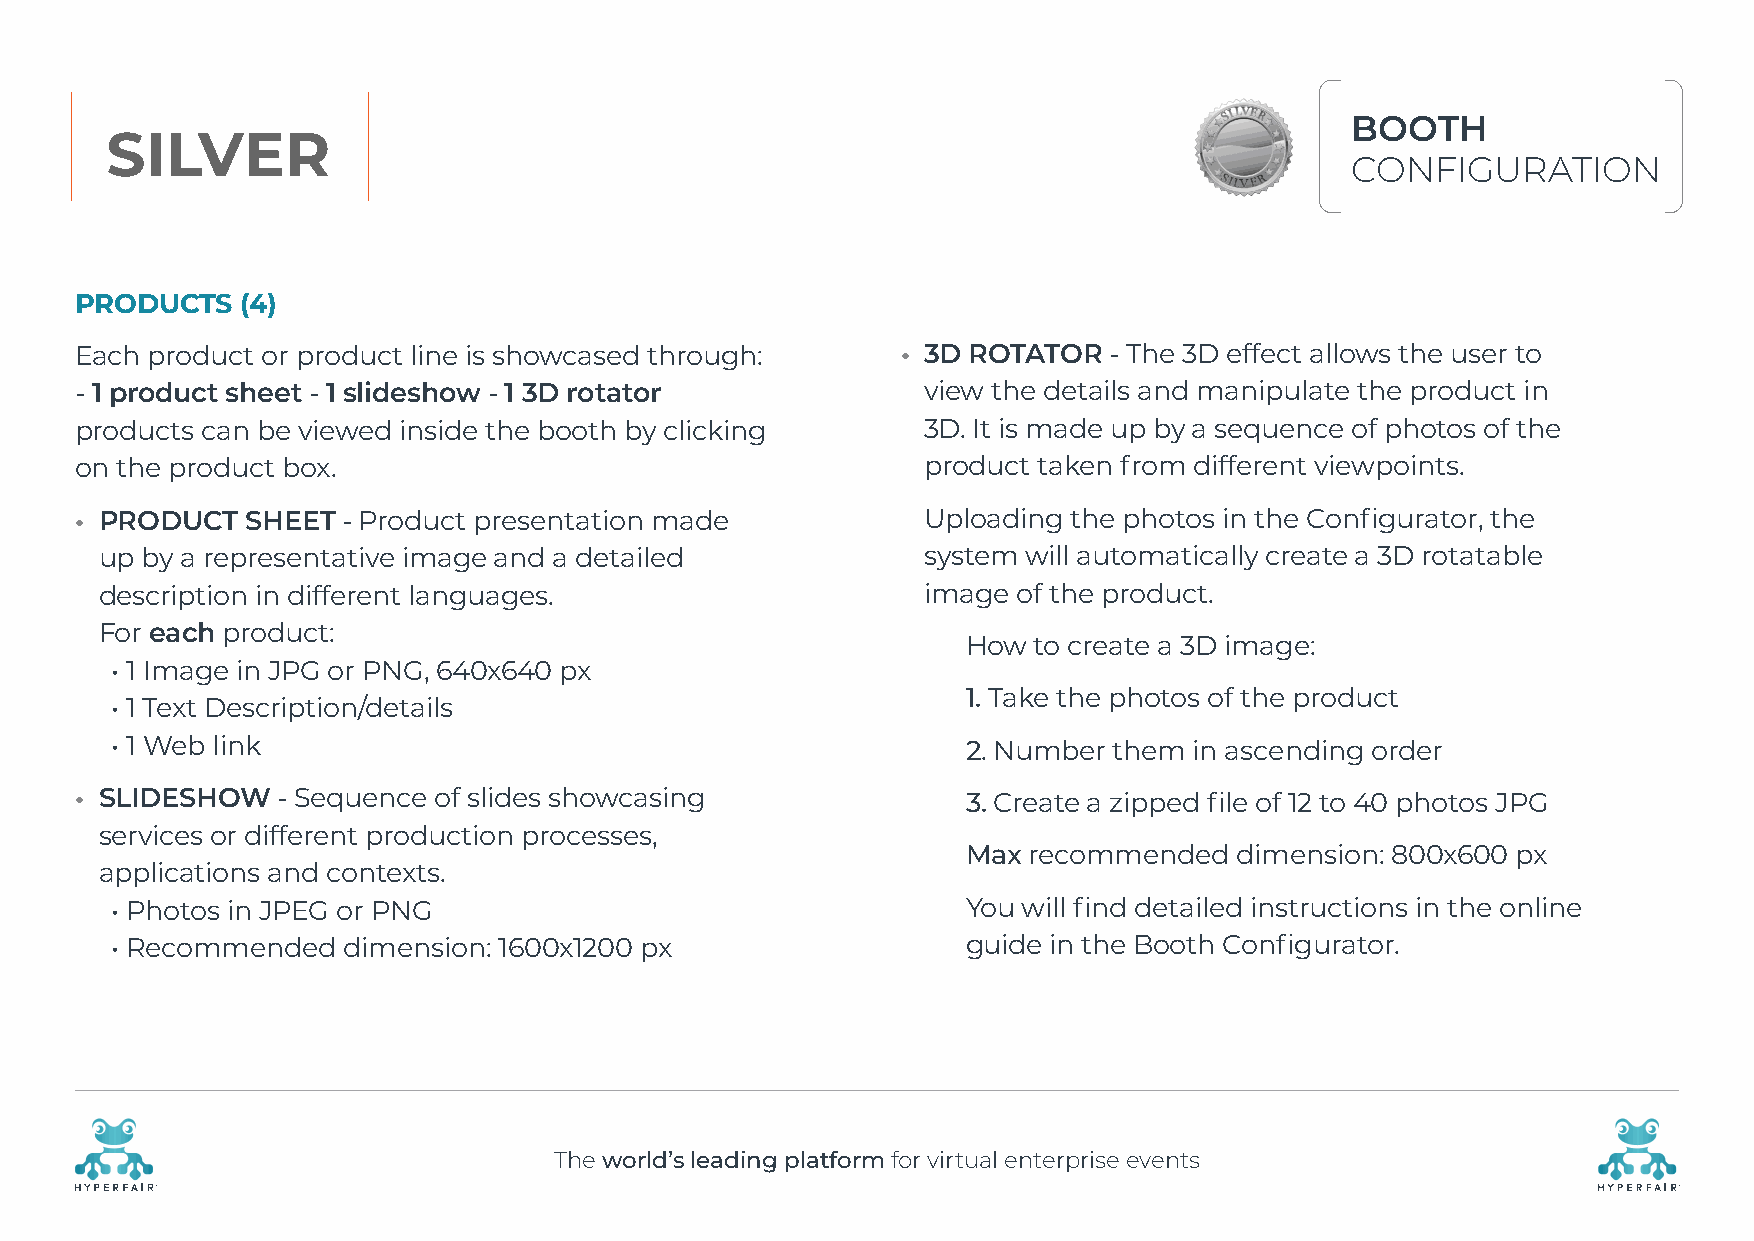
BOOTH
 SILVER
 CONFIGURATION
 PRODUCTS   (4)
 Each product or product line is showcased through:     • 3D ROTATOR - The 3D effect allows the user to
 - 1 product sheet - 1 slideshow - 1 3D rotator          view the details and manipulate the product in
 products can be viewed inside the booth by clicking     3D. It is made up by a sequence of photos of the
 on the product box.                                     product taken from different viewpoints.
 • PRODUCT  SHEET  - Product presentation made           U ploading the photos in the Configurator, the
 up by a representative image and a detailed           system will automatically create a 3D rotatable
 description in different languages.                   image of the product.
 For each product:
 How to create a 3D image:
 • 1 Image in JPG or PNG, 640x640 px
 1. Take the photos of the product
 • 1 Text Description/details
 • 1 Web link                                             2. Number them in ascending order
 • S LIDESHOW - Sequence of slides showcasing               3. Create a zipped file of 12 to 40 photos JPG
 services or different production processes,
 Max recommended   dimension: 800x600 px
 applications and contexts.
 • Photos in JPEG or PNG                                  You will find detailed instructions in the online
 • Recommended   dimension: 1600x1200 px                  guide in the Booth Configurator.
 The world’s leading platform for virtual enterprise events
 R                                                                                                    R